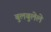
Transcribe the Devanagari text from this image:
बुलबुलेले